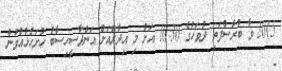
2015 ވާ ބުރާސްފަތި ދުވަހުގެ 10:30 އަށް މި އިދާރާއަށް އަންދާސީހިސާބު ހުށަހެޅުއްވުން